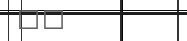
٥٧